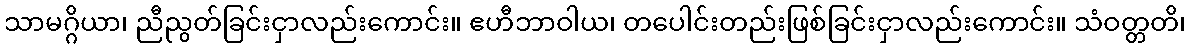
သာမဂ္ဂိယာ၊ ညီညွတ်ခြင်းငှာလည်းကောင်း။ ဧဟီဘာဝါယ၊ တပေါင်းတည်းဖြစ်ခြင်းငှာလည်းကောင်း။ သံဝတ္တတိ၊